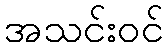
အသင်းဝင်